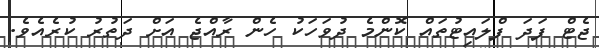
ޖެޓް ފަދަ ފްލައިޓުތައް ކޮންމެ ދުވަހަކު ހެން ރާއްޖެ އަށް ދަތުރު ކުރެއެވެ.